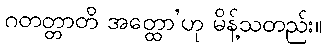
ဂတတ္တာတိ အတ္ထော’ဟု မိန့်သတည်း။